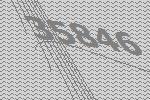
35846